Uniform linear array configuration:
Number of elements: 4
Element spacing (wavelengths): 0.5
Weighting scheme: binomial
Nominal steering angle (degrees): -60
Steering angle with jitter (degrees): -60.282
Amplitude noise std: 0.05
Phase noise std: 0.05

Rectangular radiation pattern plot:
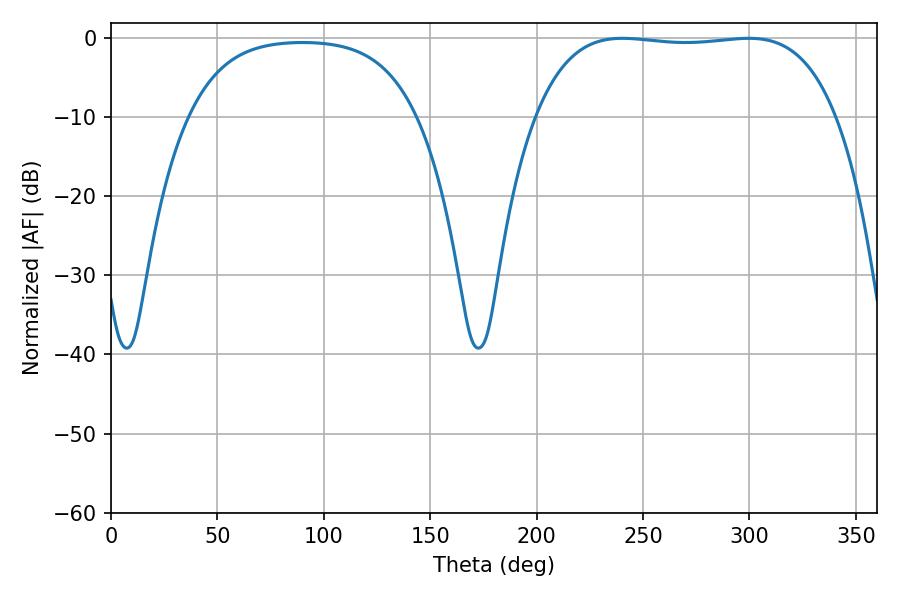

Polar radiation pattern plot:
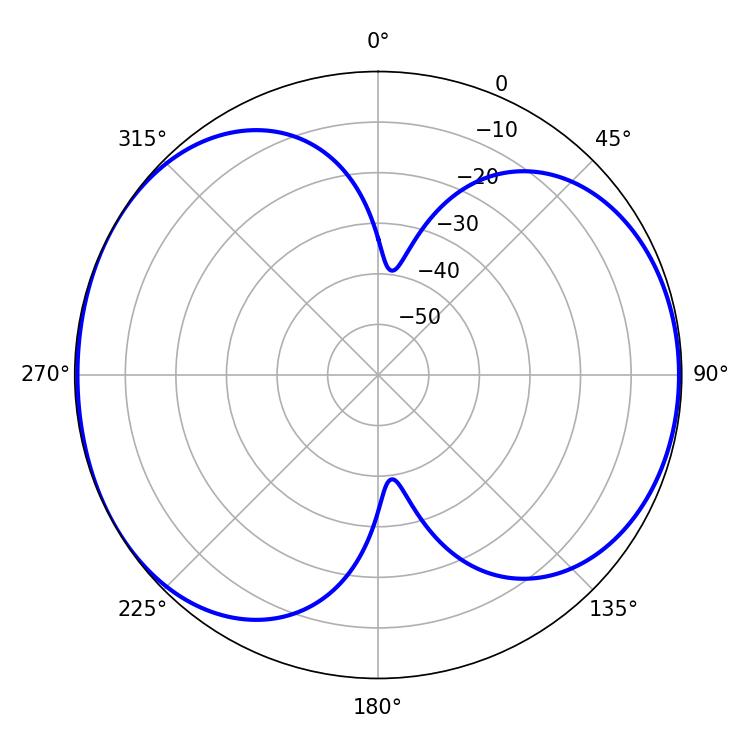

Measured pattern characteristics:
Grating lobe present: FALSE
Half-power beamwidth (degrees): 111.6
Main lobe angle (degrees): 240.3